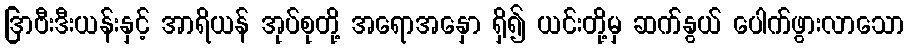
ဒြာဗီးဒီးယန်းနှင့် အာရိယန် အုပ်စုတို့ အရောအနှော ရှိ၍ ယင်းတို့မှ ဆက်နွယ် ပေါက်ဖွားလာသော